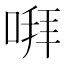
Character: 㗑